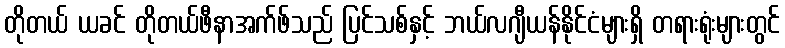
တိုတယ် ယခင် တိုတယ်ဖီနာအက်ဖ်သည် ပြင်သစ်နှင့် ဘယ်လဂျီယန်နိုင်ငံများရှိ တရားရုံးများတွင်